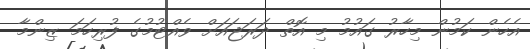
އެހެން ކަމުން މިހާރު ގައުމު މި އޮތް ދަރަޖައަށް ވެއްޓުމުގެ ފުރިހަމަ ޒިންމާ